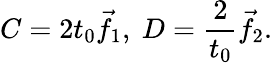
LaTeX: C=2t_{0}{\vec{f}}_{1},\ D={\frac{2}{t_{0}}}{\vec{f}}_{2}.